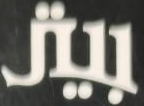
بيتر